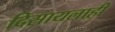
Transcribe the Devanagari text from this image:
दिसायलाही